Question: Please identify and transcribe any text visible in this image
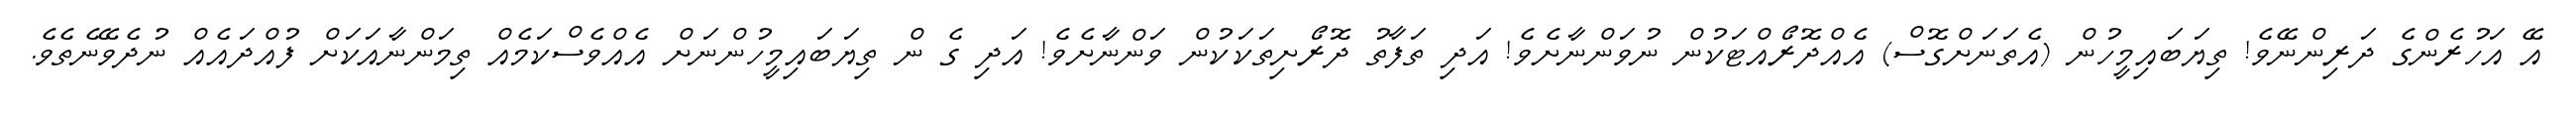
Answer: އޭ އަހުރެންގެ ދަރިންނޭވެ! ތިޔަބައިމީހުން (އެތަނަށްގޮސް) އެއްދޮރޯއްޓަކުން ނުވަންނާށެވެ! އަދި ތަފާތު ދޮރޯށިތަކަކުން ވަންނާށެވެ! އަދި ގެ ން ތިޔަބައިމީހުންނަށް އެއްވެސްކަމެއް ތިމަންނާއަކަށް ފުއްދައެއް ނުދެވޭނެތެވެ.